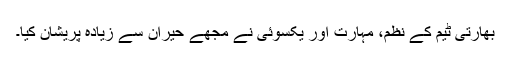
بھارتی ٹیم کے نظم، مہارت اور یکسوئی نے مجھے حیران سے زیادہ پریشان کیا۔